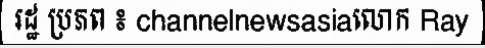
រដ្ឋ ប្រភព ៖ channelnewsasiaលោក Ray